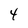
Character: 4